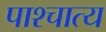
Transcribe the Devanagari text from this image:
पाश्‍चात्‍य